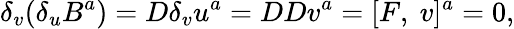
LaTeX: \delta_{v}(\delta_{u}B^{a})=D\delta_{v}u^{a}=DDv^{a}=[F,~v]^{a}=0,